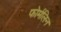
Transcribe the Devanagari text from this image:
फोर्मलिन